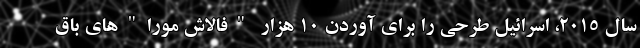
سال 2015، اسرائیل طرحی را برای آوردن 10 هزار "فالاش ‌مورا"های باق